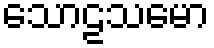
သောဠသမော